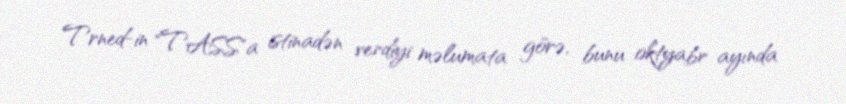
Trned-in "TASS"a istinadən verdiyi məlumata görə, bunu oktyabr ayında